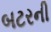
બટરની